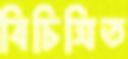
বিচিত্রিত